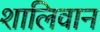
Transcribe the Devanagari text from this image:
शालिवान